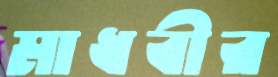
মাধবীর